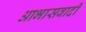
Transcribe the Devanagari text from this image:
आभासवादी